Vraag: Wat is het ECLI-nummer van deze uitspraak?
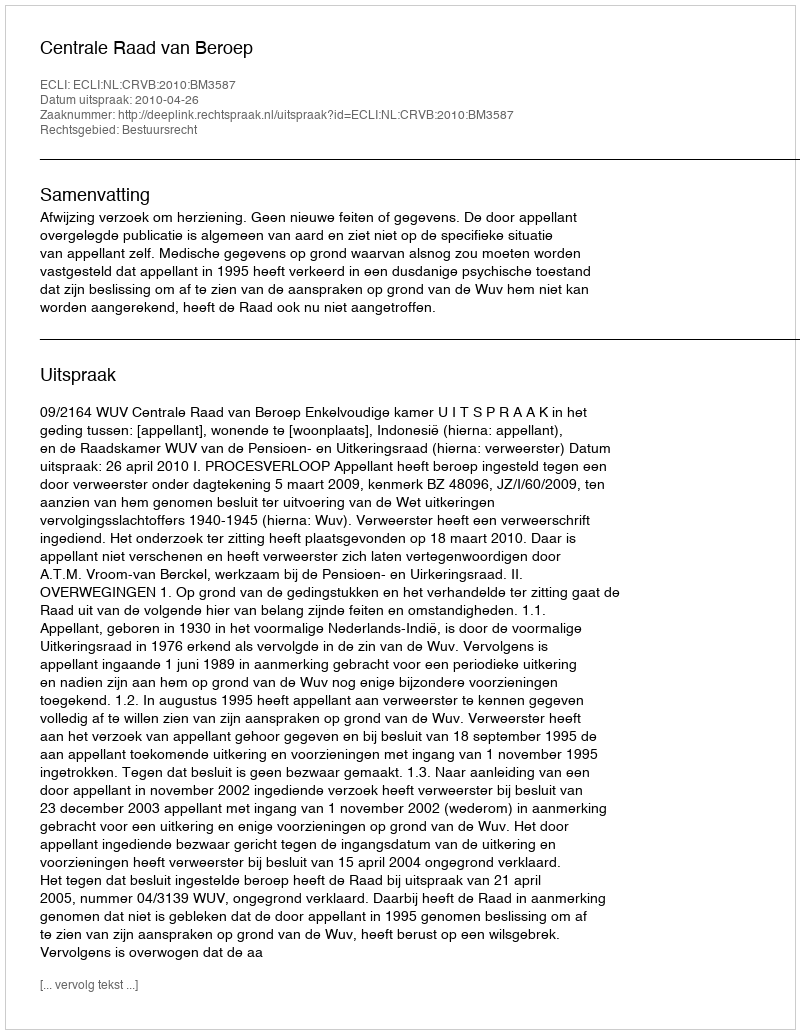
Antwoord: ECLI:NL:CRVB:2010:BM3587